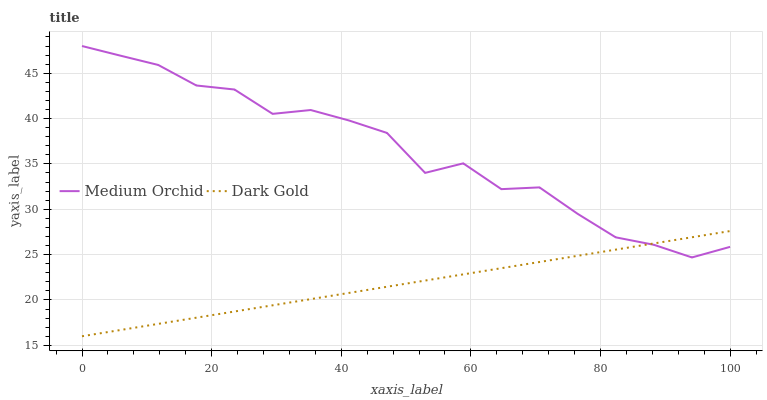
| xaxis_label | Medium Orchid | Dark Gold |
 | --- | --- | --- |
 | 0 | 48 | 16 |
 | 5.88 | 46.9 | 16.7 |
 | 11.8 | 45.9 | 17.4 |
 | 17.6 | 43.6 | 18 |
 | 23.5 | 43.2 | 18.7 |
 | 29.4 | 40.5 | 19.4 |
 | 35.3 | 40.9 | 20.1 |
 | 41.2 | 39.8 | 20.8 |
 | 47.1 | 38.4 | 21.5 |
 | 52.9 | 34 | 22.1 |
 | 58.8 | 35.1 | 22.8 |
 | 64.7 | 32.2 | 23.5 |
 | 70.6 | 32.4 | 24.2 |
 | 76.5 | 29.5 | 24.9 |
 | 82.4 | 26.9 | 25.6 |
 | 88.2 | 26.1 | 26.2 |
 | 94.1 | 24.7 | 26.9 |
 | 100 | 25.9 | 27.6 |